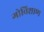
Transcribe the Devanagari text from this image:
गोविशाण